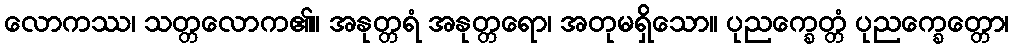
လောကဿ၊ သတ္တလောက၏။ အနုတ္တရံ အနုတ္တရော၊ အတုမရှိသော။ ပုညက္ခေတ္တံ ပုညက္ခေတ္တော၊